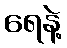
ရေနဲ့